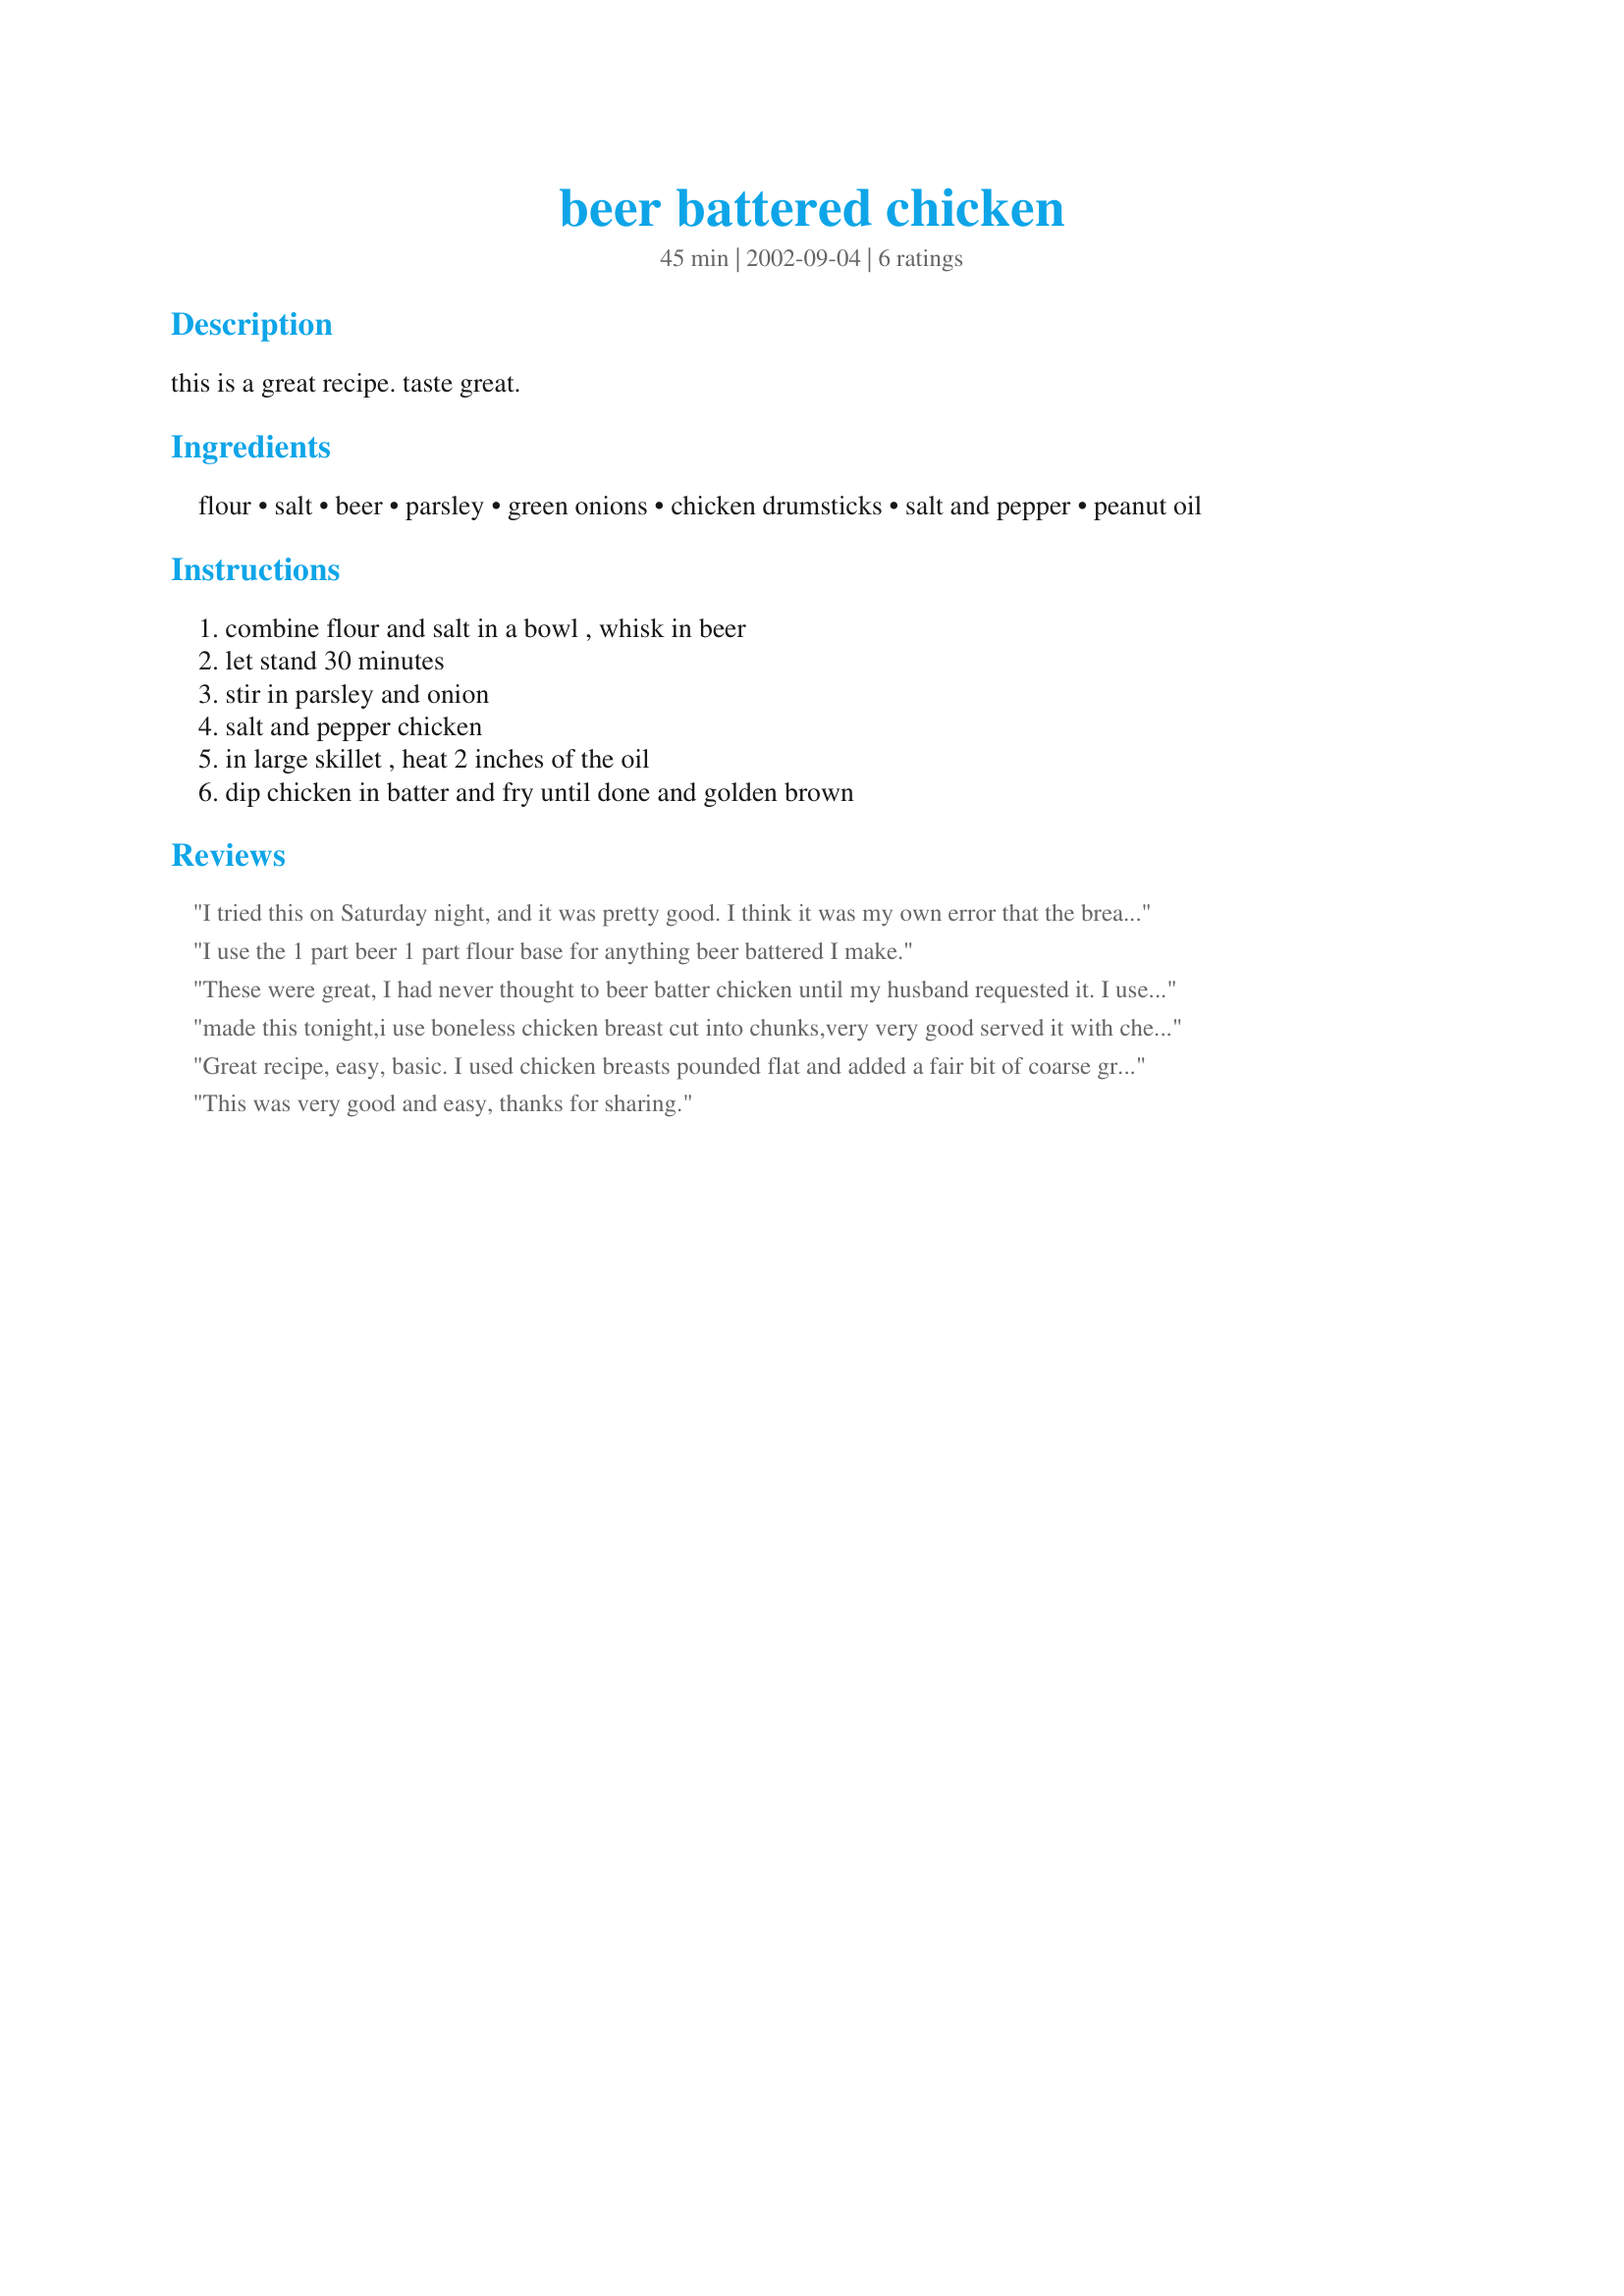
beer battered chicken
Preparation time: 45 minutes

this is a great recipe. taste great.

Ingredients:
flour, salt, beer, parsley, green onions, chicken drumsticks, salt and pepper, peanut oil

Steps:
combine flour and salt in a bowl , whisk in beer, let stand 30 minutes, stir in parsley and onion, salt and pepper chicken, in large skillet , heat 2 inches of the oil, dip chicken in batter and fry until done and golden brown

Reviews:
I tried this on Saturday night, and it was pretty good. I think it was my own error that the breading came off of the chicken, but all in all, I would try it again.
I use the 1 part beer 1 part flour base for anything beer battered I make.
These were great, I had never thought to beer batter chicken until my husband requested it. I used Alton Brown's chicken seasoning recipe instead of parsley/salt & pepper. Thank you for the recipe!
made this tonight,i use boneless chicken breast cut into chunks,very very good served it with cheese fries,better then the xxl hungryman dinners
Great recipe, easy, basic. I used chicken breasts pounded flat and added a fair bit of coarse ground black pepper to the batter, and it came out great. Even our 11 year old son who hates everything admitted that it was "good."
This was very good and easy, thanks for sharing.
